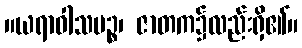
။ယရာဝါသပဉ္စ၊ ဇာတက၌လည်းရှိ၏။